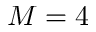
M = 4